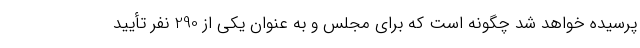
پرسیده خواهد شد چگونه است که برای مجلس و به عنوان یکی از 290 نفر تأیید